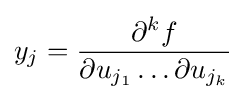
y_{j}={\partial ^{k}f \over \partial u_{j_{1}}\ldots \partial u_{j_{k}}}